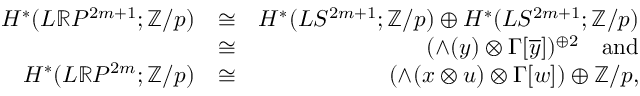
\begin{array} { r l r } { H ^ { * } ( L { \mathbb R } P ^ { 2 m + 1 } ; { \mathbb Z } / p ) } & { \cong } & { H ^ { * } ( L S ^ { 2 m + 1 } ; { \mathbb Z } / p ) \oplus H ^ { * } ( L S ^ { 2 m + 1 } ; { \mathbb Z } / p ) } \\ & { \cong } & { ( \wedge ( y ) \otimes \Gamma [ \overline { { y } } ] ) ^ { \oplus 2 } \ \ \ \mathrm { a n d } } \\ { H ^ { * } ( L { \mathbb R } P ^ { 2 m } ; { \mathbb Z } / p ) } & { \cong } & { ( \wedge ( x \otimes u ) \otimes \Gamma [ w ] ) \oplus \mathbb { Z } / p , } \end{array}